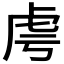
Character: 𧆜